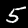
Digit: 5